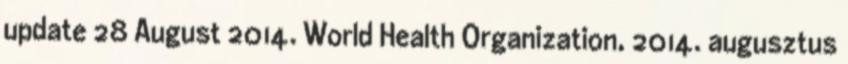
update 28 August 2014. World Health Organization, 2014. augusztus